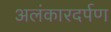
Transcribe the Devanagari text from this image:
अलंकारदर्पण